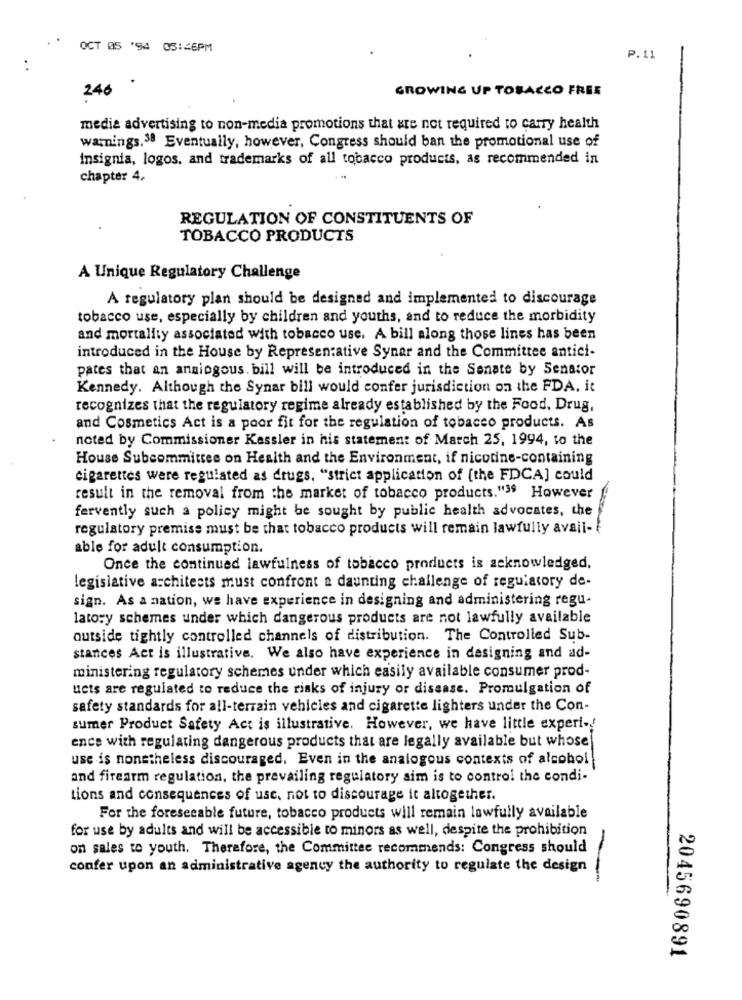
OCT 05 '94 05:46PM
P.11
..
246 .
GROWING UP TOSACCO FREE
media advertising to non-media promotions that are not required to carry health
warnings.38 Eventually, however, Congress should ban the promotional use of
insignia, logos, and trademarks of all tobacco products, as recommended in
chapter 4.
REGULATION OF CONSTITUENTS OF
TOBACCO PRODUCTS
A Unique Regulatory Challenge
A regulatory plan should be designed and implemented to discourage
tobacco use, especially by children and youths, and to reduce the morbidity
and mortality associated with tobacco use. A bill along those lines has been
introduced in the House by Representative Synar and the Committee antici-
pates that an ansiogous. bill will be introduced in the Senate by Senator
Kennedy. Although the Synar bill would confer jurisdiction on the FDA, it
recognizes that the regulatory regime already established by the Food, Drug,
and Cosmetics Act is a poor fit for the regulation of tobacco products. As
noted by Commissioner Kessler in his statement of March 25, 1994, to the
House Subcommittee on Health and the Environment, if nicotine-containing
cigarettes were regulated as drugs. "strict application of [the FDCA] could
result in the removal from the market of tobacco products."39 However
fervently such a policy might be sought by public health advocates, the
regulatory premise must be that tobacco products will remain lawfully avail-
able for adult consumption.
Once the continued lawfulness of tobacco products is acknowledged.
legislative architects must confront a daunting challenge of regulatory de-
sign. As a nation, we have experience in designing and administering regu-
latory schemes under which dangerous products are not lawfully available
outside tightly controlled channels of distribution. The Controlled Sub-
stances Act is illustrative. We also have experience in designing and ad-
ministering regulatory schemes under which easily available consumer prod-
ucts are regulated to reduce the risks of injury or disease. Promulgation of
safety standards for all-terrain vehicles and cigarette lighters under the Con-
sumer Product Safety Act is illustrative. However, we have little experi -!
ence with regulating dangerous products that are legally available but whose
use is nonetheless discouraged. Even in the analogous contexts of alcohol
and firearm regulation, the prevailing regulatory aim is to control the condi-
tions and consequences of use, not to discourage it altogether.
For the foreseeable future, tobacco products will remain lawfully available
for use by adults and will be accessible to minors as well, despite the prohibition
on sales to youth. Therefore, the Committee recommends: Congress should
confer upon an administrative agency the authority to regulate the design
--
2045690891